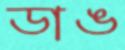
ডাঙ